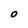
Character: O